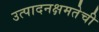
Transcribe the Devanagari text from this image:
उत्पादनक्षमतेची